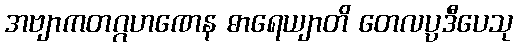
အဗျာကတဂ္ဂဟဏေန ဓာရေယျာတိ တေလပ္ပဒီပေသု